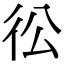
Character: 彸